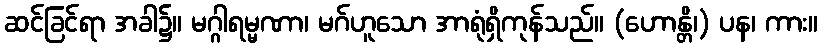
ဆင်ခြင်ရာ အခါ၌။ မဂ္ဂါရမ္မဏာ၊ မဂ်ဟူသော အာရုံရှိကုန်သည်။ (ဟောန္တိ၊) ပန၊ ကား။